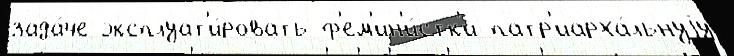
зада́че эксплуат'и́ровать ф'ем'ин'и́стк'и патр'иарха́льнуjу